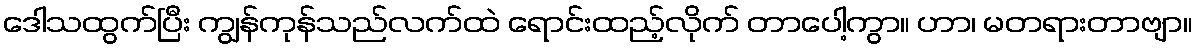
ဒေါသထွက်ပြီး ကျွန်ကုန်သည်လက်ထဲ ရောင်းထည့်လိုက် တာပေါ့ကွာ။ ဟာ၊ မတရားတာဗျာ။